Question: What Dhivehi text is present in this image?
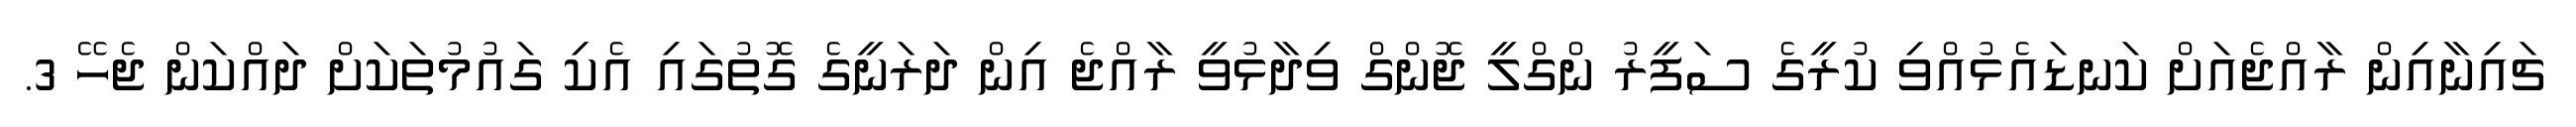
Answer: ޗައިނާއިން ރާއްޖެއަށް ކަނޑައެޅުއްވި ކުރީގެ ސަފީރު ންގްލީ ޖޮންގް ވިދާޅުވީ ރާއްޖެ އިން ދަރަނީގެ ގޮތުގައި އެކި ގައުމުތަކަށް ދައްކަން ޖެހޭ 3.